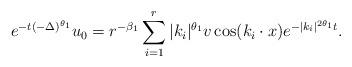
LaTeX: \begin{align*} e^{-t(-\Delta)^{\theta_1}}u_0=r^{-{\beta_1}}\sum_{i=1}^r|k_i|^{\theta_1}v\cos(k_i\cdot x)e^{-|k_i|^{2{\theta_1}}t}.\end{align*}